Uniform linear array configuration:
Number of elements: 64
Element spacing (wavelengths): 1
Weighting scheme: exponential
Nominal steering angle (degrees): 45
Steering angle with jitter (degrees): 45.107
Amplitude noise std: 0.05
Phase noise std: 0.05

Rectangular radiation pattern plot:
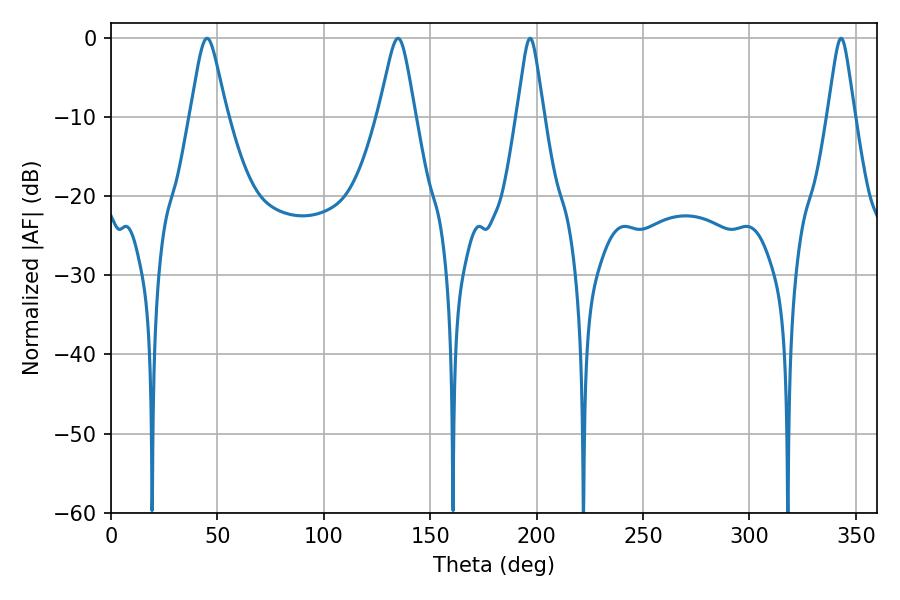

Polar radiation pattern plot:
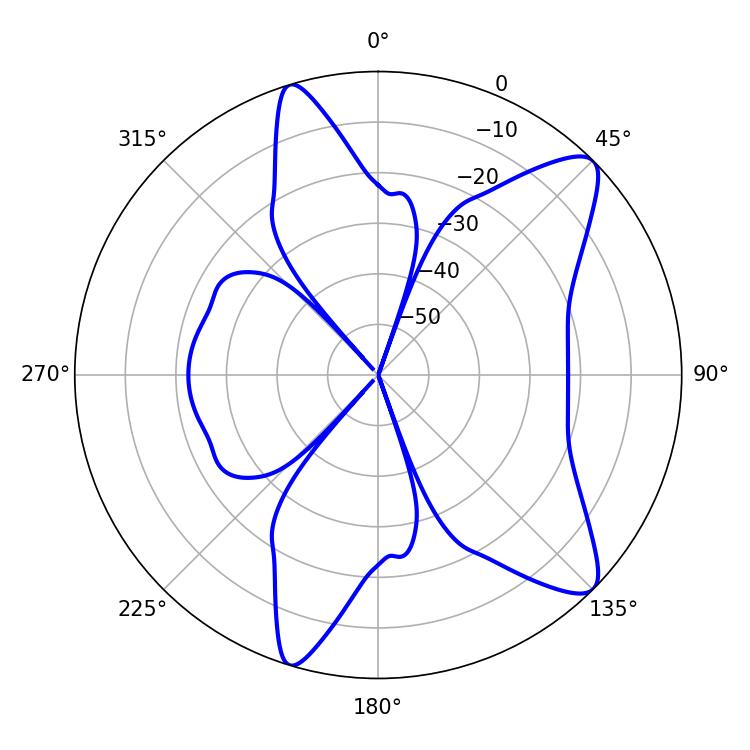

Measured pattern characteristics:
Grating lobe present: TRUE
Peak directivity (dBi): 10.539
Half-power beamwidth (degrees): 5.94
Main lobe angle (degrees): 196.92